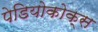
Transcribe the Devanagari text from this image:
पेडियोकोक्स